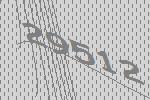
29512